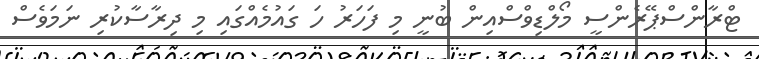
ޓްރާންސްޕޭރެންސީ މޯލްޑިވްސްއިން ބުނީ މި ފަހަރު ހަ ގައުމެއްގައި މި ދިރާސާކުރި ނަމަވެސް